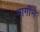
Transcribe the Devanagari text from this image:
गार्गीने